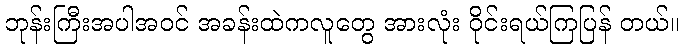
ဘုန်းကြီးအပါအဝင် အခန်းထဲကလူတွေ အားလုံး ဝိုင်းရယ်ကြပြန် တယ်။